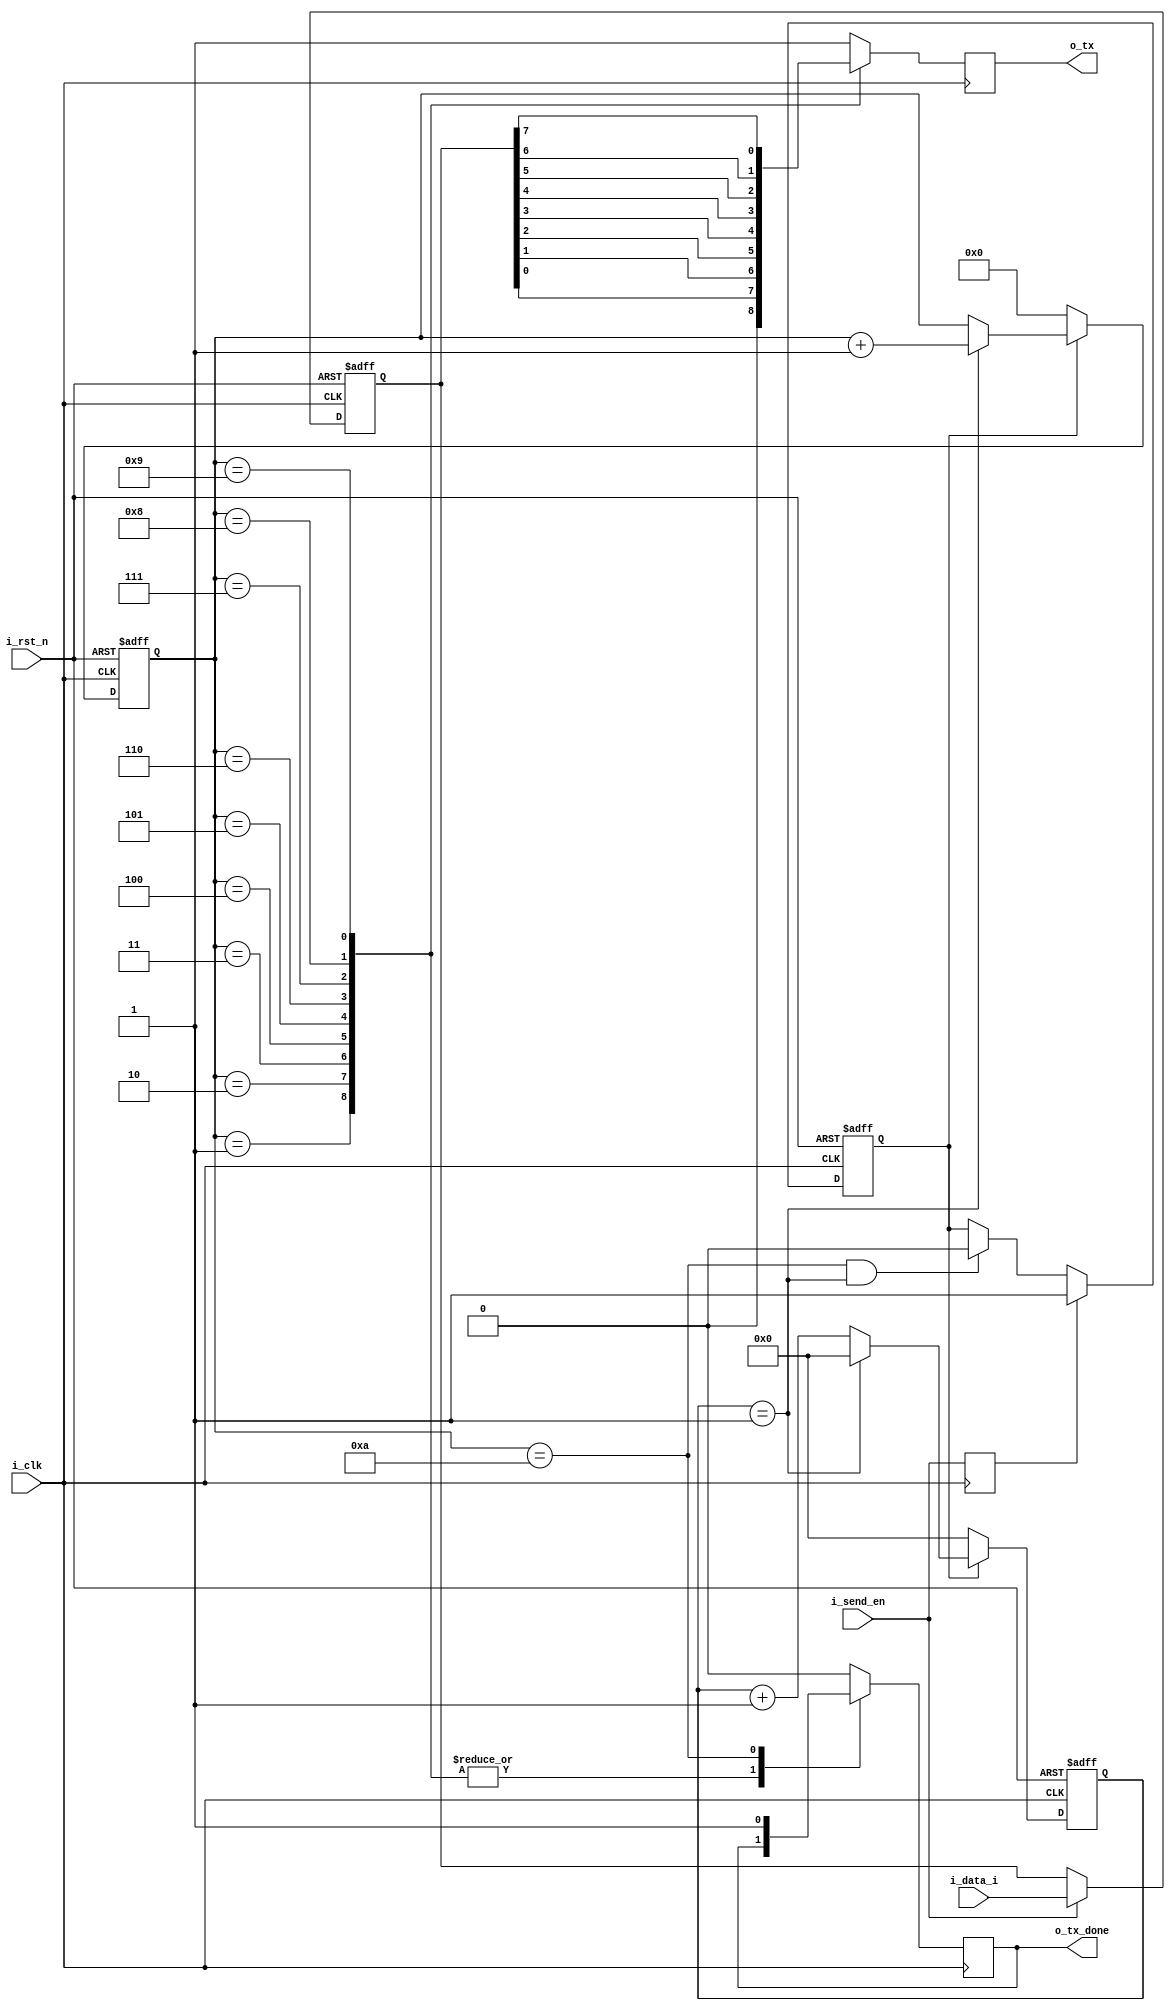
`timescale 1ns / 1ps
//////////////////////////////////////////////////////////////////////////////////
// Company: 
// Engineer: 
// 
// Design Name: 
// Module Name:    RS232_output 
// Project Name: 
// Target Devices: 
// Tool versions: 
// Description: 
//
// Dependencies: 
//
// Revision: 
// Revision 0.01 - File Created
// Additional Comments: 
//
//////////////////////////////////////////////////////////////////////////////////
///////uart 
module  RS232_output (
        input    wire             i_clk            , //25MHZ;
        input    wire             i_rst_n          ,
        input    wire             i_send_en        , //
        input    wire    [7:0]    i_data_i         ,
        output   wire             o_tx             ,
        output   wire             o_tx_done          //
);
/////////////////
//parameter [14:0] BPS_CNT_MAX = 25_000_000/9600;  //
parameter [14:0] BPS_CNT_MAX = 15'd2; //2
reg r_i_send_en;
always @(posedge i_clk) begin
    r_i_send_en <= i_send_en;//""
end 
reg [7:0] tx_data;
always @(posedge i_clk or negedge i_rst_n) begin
    if (~i_rst_n) begin
        tx_data <= 0;
    end //if
    else begin
        if (i_send_en) begin
            tx_data <= i_data_i;
        end  
        else begin
            tx_data <= tx_data;  
        end  
    end //else
end //always
reg tx_en; //
reg [14:0] bps_cnt;
reg [3:0] cnt;
always @(posedge i_clk or negedge i_rst_n) begin
    if (~i_rst_n) begin
        tx_en <= 0;
    end //if
    else begin
        if (r_i_send_en) begin
            tx_en <= 1'b1;
        end   
        else begin
            if ((cnt == 4'd10) && (bps_cnt == (BPS_CNT_MAX - 15'd1))) begin
                tx_en <= 1'b0;
            end
        end
    end //else
end //always
always @(posedge i_clk or negedge i_rst_n) begin
    if (~i_rst_n) begin
        bps_cnt <= 0;
    end //if
    else begin
        if (tx_en) begin
            if (bps_cnt == (BPS_CNT_MAX - 15'd1)) begin
                bps_cnt <= 0;
            end
            else begin
                bps_cnt <= bps_cnt + 15'd1;
            end
        end 
        else begin
            bps_cnt <= 0;  
        end   
    end //else
end //always
always @(posedge i_clk or negedge i_rst_n) begin
    if (~i_rst_n) begin
        cnt <= 0;
    end //if
    else begin
        if (tx_en) begin
            if (bps_cnt == (BPS_CNT_MAX - 15'd1)) begin
                cnt <= cnt + 4'd1; //bpscnt1
            end
        end 
        else begin
            cnt <= 0;       
        end   
    end //else
end //always
reg tx_done;
reg tx;
always @(posedge i_clk) begin
    case (cnt)
        0 : begin tx <= 1'b1;tx_done <= 1'b0; end //tx
        1 : begin tx <= 1'b0; end
        2 : begin tx <= tx_data[0]; end
        3 : begin tx <= tx_data[1]; end
        4 : begin tx <= tx_data[2]; end
        5 : begin tx <= tx_data[3]; end
        6 : begin tx <= tx_data[4]; end
        7 : begin tx <= tx_data[5]; end
        8 : begin tx <= tx_data[6]; end
        9 : begin tx <= tx_data[7]; end
        10: begin tx <= 1'b1;tx_done <= 1'b1;end //tx
        default:  begin tx <= 1'b1;tx_done <= 1'b0; end
    endcase //case
end //always
assign o_tx = tx;
assign o_tx_done = tx_done;

endmodule